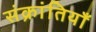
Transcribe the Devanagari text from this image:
संक्रांतियाँ